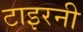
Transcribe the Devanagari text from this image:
टाइरनी